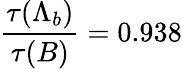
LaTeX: {\frac{\tau(\Lambda_{b})}{\tau(B)}}=0.938